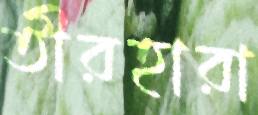
তীরহারা